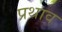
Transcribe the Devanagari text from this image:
प्रथाव